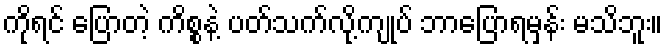
ကိုရင် ပြောတဲ့ ကိစ္စနဲ့ ပတ်သက်လို့ကျုပ် ဘာပြောရမှန်း မသိဘူး။